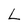
Character: L